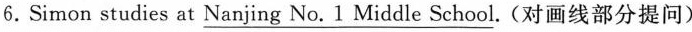
6. Simon studies at \underline{Nanjing No. 1 Middle School}. (对画线部分提问)